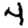
Digit: 4